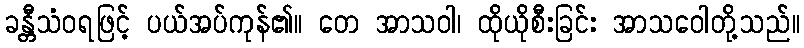
ခန္တီသံဝရဖြင့် ပယ်အပ်ကုန်၏။ တေ အာသဝါ၊ ထိုယိုစီးခြင်း အာသဝေါတို့သည်။